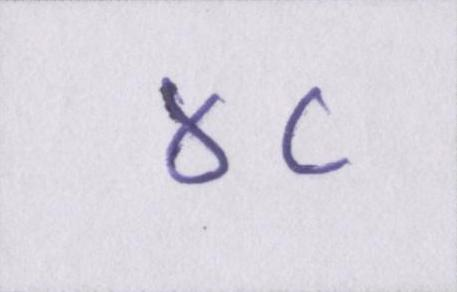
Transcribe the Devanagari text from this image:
४८